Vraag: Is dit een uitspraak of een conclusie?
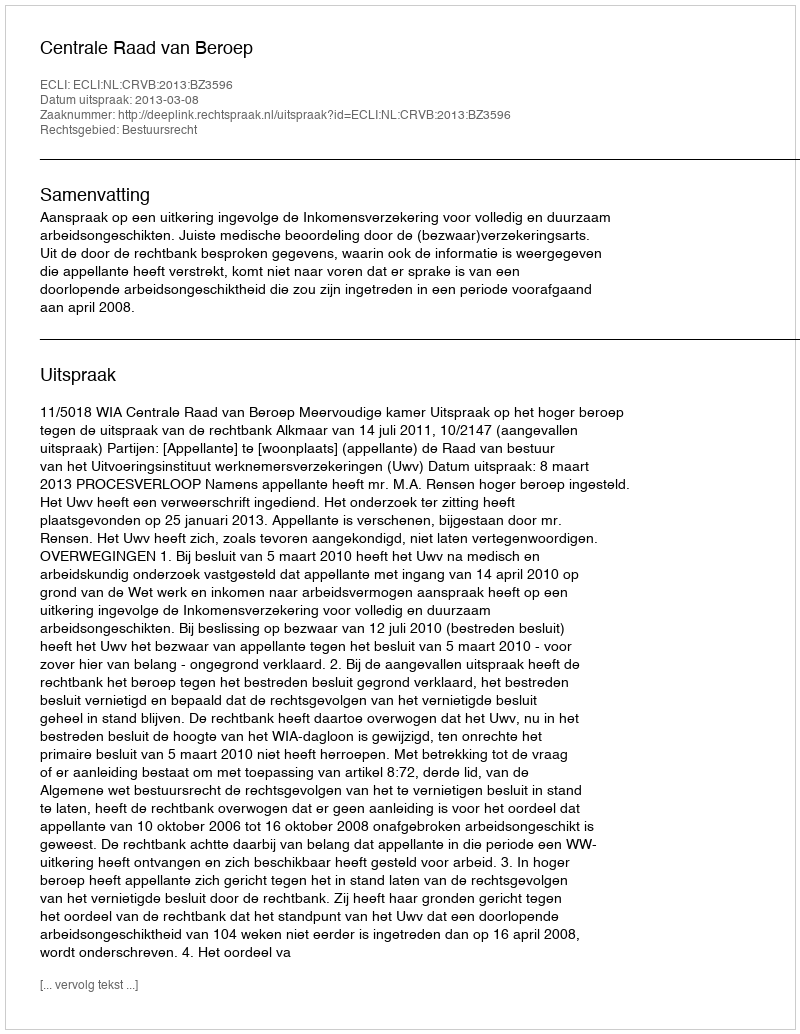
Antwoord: Uitspraak